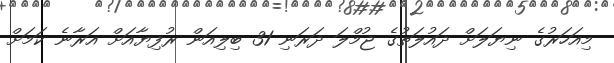
މިއަހަރުގެ ނިޔަލަށް ދައުލަތުގެ ޖުމްލަ ދަރަނި 31 ބިލިއަން ރުފިޔާއަށް އަރާނެ ކަމަށް